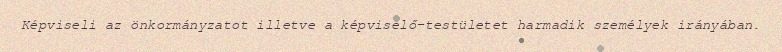
Képviseli az önkormányzatot illetve a képviselő-testületet harmadik személyek irányában.